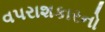
વપરાશકારનો